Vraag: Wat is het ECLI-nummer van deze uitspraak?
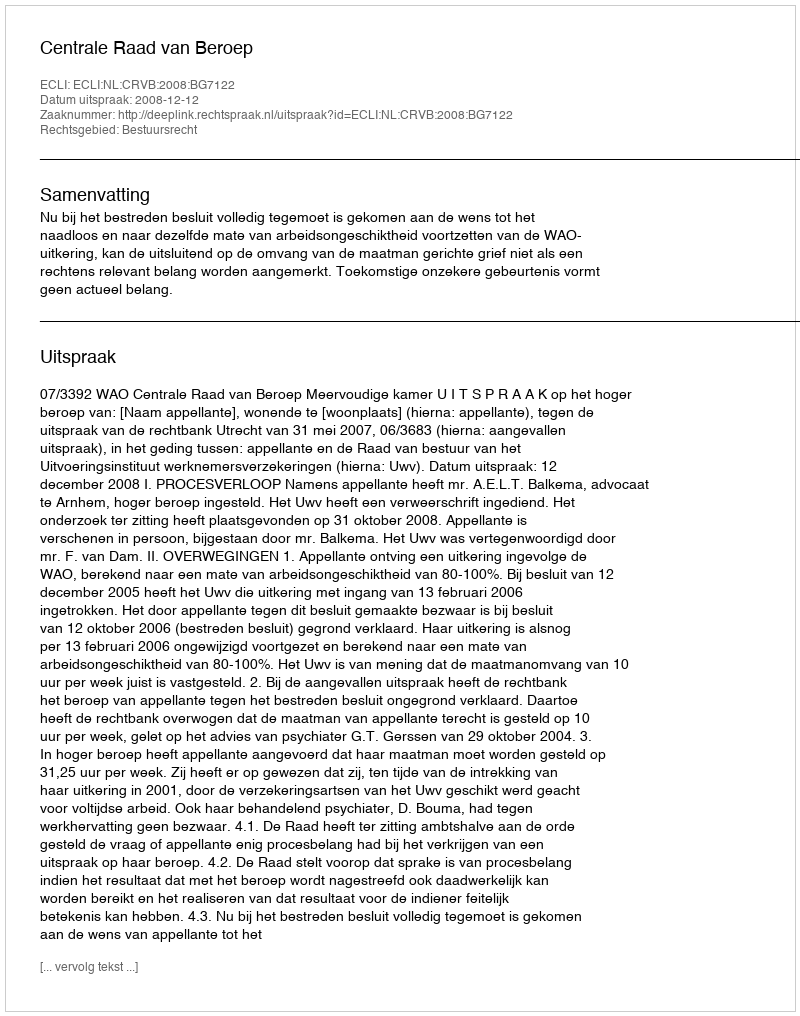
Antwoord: ECLI:NL:CRVB:2008:BG7122